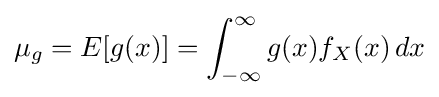
\mu _{g}=E[g(x)]=\int _{-\infty }^{\infty }g(x)f_{X}(x)\,dx